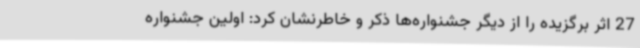
27 اثر برگزیده را از دیگر جشنواره‌ها ذکر و خاطرنشان کرد: اولین جشنواره